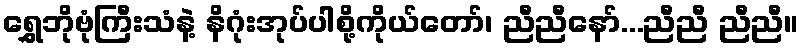
ရွှေဘိုဗုံကြီးသံနဲ့ နိဂုံးအုပ်ပါစို့ကိုယ်တော်၊ ညီညီနော်...ညီညီ ညီညီ။